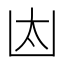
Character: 𠚀